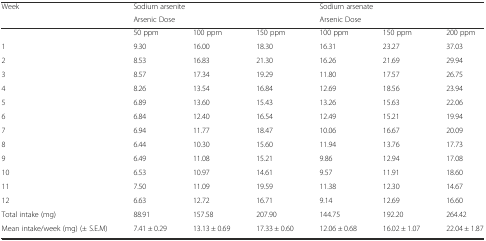
<table><thead><tr><td rowspan="2"><b>Week</b></td><td colspan="3"><b>Sodium arsenite</b></td><td colspan="3"><b>Sodium arsenate</b></td></tr><tr><td colspan="3"><b>Arsenic Dose</b></td><td colspan="3"><b>Arsenic Dose</b></td></tr></thead><tbody><tr><td></td><td>50 ppm</td><td>100 ppm</td><td>150 ppm</td><td>100 ppm</td><td>150 ppm</td><td>200 ppm</td></tr><tr><td>1</td><td>9.30</td><td>16.00</td><td>18.30</td><td>16.31</td><td>23.27</td><td>37.03</td></tr><tr><td>2</td><td>8.53</td><td>16.83</td><td>21.30</td><td>16.26</td><td>21.69</td><td>29.94</td></tr><tr><td>3</td><td>8.57</td><td>17.34</td><td>19.29</td><td>11.80</td><td>17.57</td><td>26.75</td></tr><tr><td>4</td><td>8.26</td><td>13.54</td><td>16.84</td><td>12.69</td><td>18.56</td><td>23.94</td></tr><tr><td>5</td><td>6.89</td><td>13.60</td><td>15.43</td><td>13.26</td><td>15.63</td><td>22.06</td></tr><tr><td>6</td><td>6.84</td><td>12.40</td><td>16.54</td><td>12.49</td><td>15.21</td><td>19.94</td></tr><tr><td>7</td><td>6.94</td><td>11.77</td><td>18.47</td><td>10.06</td><td>16.67</td><td>20.09</td></tr><tr><td>8</td><td>6.44</td><td>10.30</td><td>15.60</td><td>11.94</td><td>13.76</td><td>17.73</td></tr><tr><td>9</td><td>6.49</td><td>11.08</td><td>15.21</td><td>9.86</td><td>12.94</td><td>17.08</td></tr><tr><td>10</td><td>6.53</td><td>10.97</td><td>14.61</td><td>9.57</td><td>11.91</td><td>18.60</td></tr><tr><td>11</td><td>7.50</td><td>11.09</td><td>19.59</td><td>11.38</td><td>12.30</td><td>14.67</td></tr><tr><td>12</td><td>6.63</td><td>12.72</td><td>16.71</td><td>9.14</td><td>12.69</td><td>16.60</td></tr><tr><td>Total intake (mg)</td><td>88.91</td><td>157.58</td><td>207.90</td><td>144.75</td><td>192.20</td><td>264.42</td></tr><tr><td>Mean intake/week (mg) (± S.E.M)</td><td>7.41 ± 0.29</td><td>13.13 ± 0.69</td><td>17.33 ± 0.60</td><td>12.06 ± 0.68</td><td>16.02 ± 1.07</td><td>22.04 ± 1.87</td></tr></tbody></table>